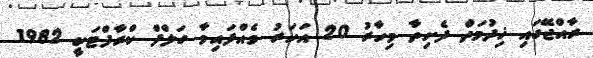
ރާއްޖޭގައި ޚިދުމަތް ފެށިތާ މިހާރު 20 އަހަރު ވެއްފައިވާ ގަލްފް ކްރާފްޓަކީ 1982